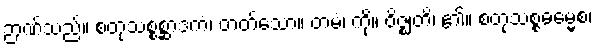
ဉာဏ်သည်။ စတုသစ္စစ္ဆာဒကံ၊ တတ်သော။ တမံ၊ ကို။ ဝိဇ္ဈတိ၊ ၏။ စတုသစ္စဓမ္မေစ၊